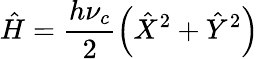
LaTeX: \hat{H}=\frac{h\nu_{c}}{2}\left(\hat{X}^{2}+\hat{Y}^{2}\right)